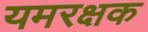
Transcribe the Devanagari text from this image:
यमरक्षक